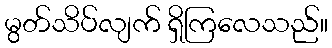
မွတ်သိပ်လျက် ရှိကြလေသည်။